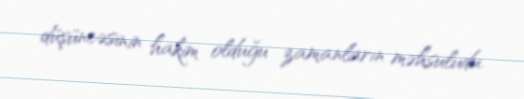
düşüncəsinin hakim olduğu zamanların məhsuludu.